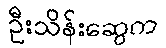
ဦးသိန်းဆွေက